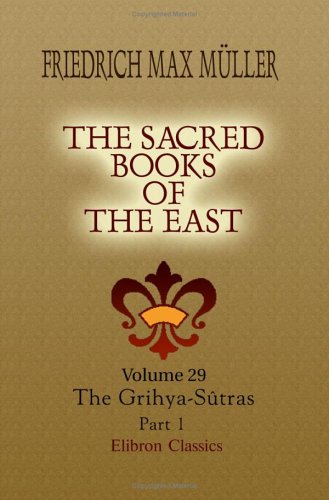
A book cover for The Sacred Books of the East: Volume 29. The Grihya-SÃ»tras. Part 1; Friedrich Max MÃ¼ller; Religion & Spirituality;